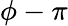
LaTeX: \phi-\pi